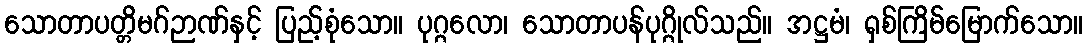
သောတာပတ္တိမဂ်ဉာဏ်နှင့် ပြည့်စုံသော။ ပုဂ္ဂလော၊ သောတာပန်ပုဂ္ဂိုလ်သည်။ အဋ္ဌမံ၊ ရှစ်ကြိမ်မြောက်သော။